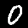
Digit: 0